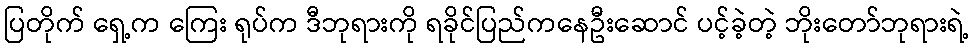
ပြတိုက် ရှေ့က ကြေး ရုပ်က ဒီဘုရားကို ရခိုင်ပြည်ကနေဦးဆောင် ပင့်ခဲ့တဲ့ ဘိုးတော်ဘုရားရဲ့